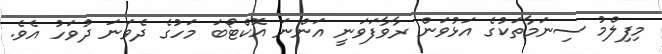
މިފިލްމު ސިނަމާތަކުގެ އަޅުވަން ރާވާފަވަނީ އަންނަ އޮކްޓޯބަ މަހުގެ ދެވަނަ ދުވަހު އެވެ.